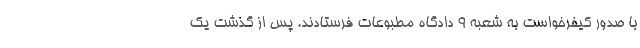
با صدور کیفرخواست به شعبه 9 دادگاه مطبوعات فرستادند. پس از گذشت یک